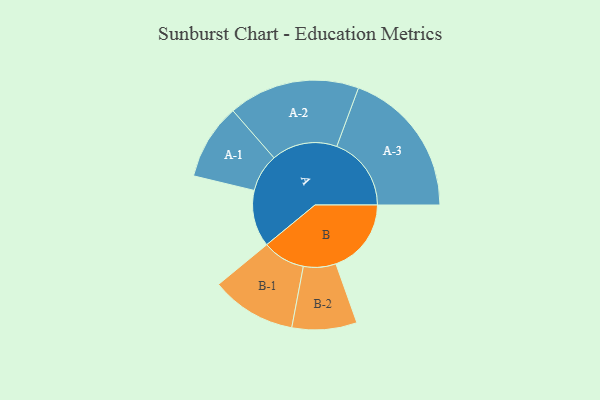
{"axis": {"x": "Segment", "y": "Value"}, "legend": ["", "A", "B"], "data": [{"x": "A", "y": 206, "type": ""}, {"x": "B", "y": 274, "type": ""}, {"x": "A-1", "y": 138, "type": "A"}, {"x": "A-2", "y": 239, "type": "A"}, {"x": "A-3", "y": 271, "type": "A"}, {"x": "B-1", "y": 155, "type": "B"}, {"x": "B-2", "y": 118, "type": "B"}]}